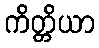
ကိတ္တိယာ